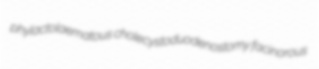
phylactolaematous cholecystoduodenostomy facinorous